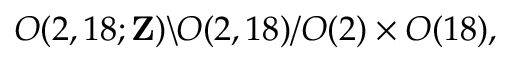
O ( 2 , 1 8 ; { \bf Z } ) \backslash O ( 2 , 1 8 ) / O ( 2 ) \times O ( 1 8 ) ,